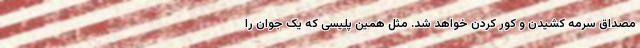
مصداق سرمه كشيدن و كور كردن خواهد شد. مثل همین پلیسی که یک جوان را